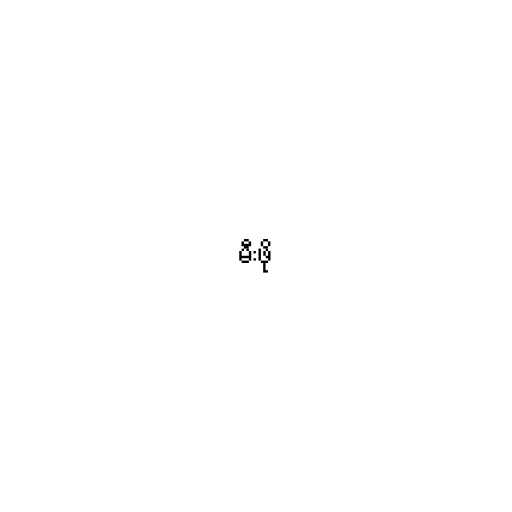
မီးဖို